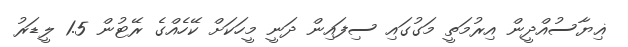
ޣިޔާސުއްދީން އިރުމަތީ މަގުގައި ސިފައިން ދަނީ މީހަކަށް ކޭހެއްގެ ރޭޓުން 1.5 ލީޑަރު